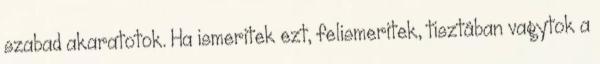
szabad akaratotok. Ha ismeritek ezt, felismeritek, tisztában vagytok a